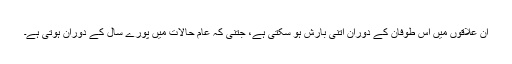
ان علاقوں میں اس طوفان کے دوران اتنی بارش ہو سکتی ہے، جتنی کہ عام حالات میں پورے سال کے دوران ہوتی ہے۔